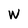
Character: w